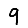
Digit: 9